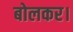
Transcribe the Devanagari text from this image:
बोलकर।